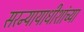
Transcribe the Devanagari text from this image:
सरन्यायाधीशांच्या